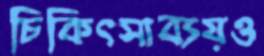
চিকিৎসাব্যয়ও